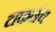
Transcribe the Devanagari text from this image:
टाकलंच